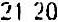
21.20